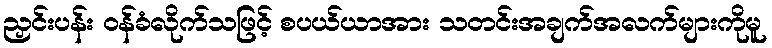
ညှင်းပန်း ဝန်ခံလိုက်သဖြင့် စပယ်ယာအား သတင်းအချက်အလက်များကိုမူ